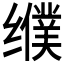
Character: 𰬿